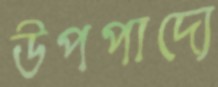
উপপাদ্যে